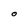
Character: O